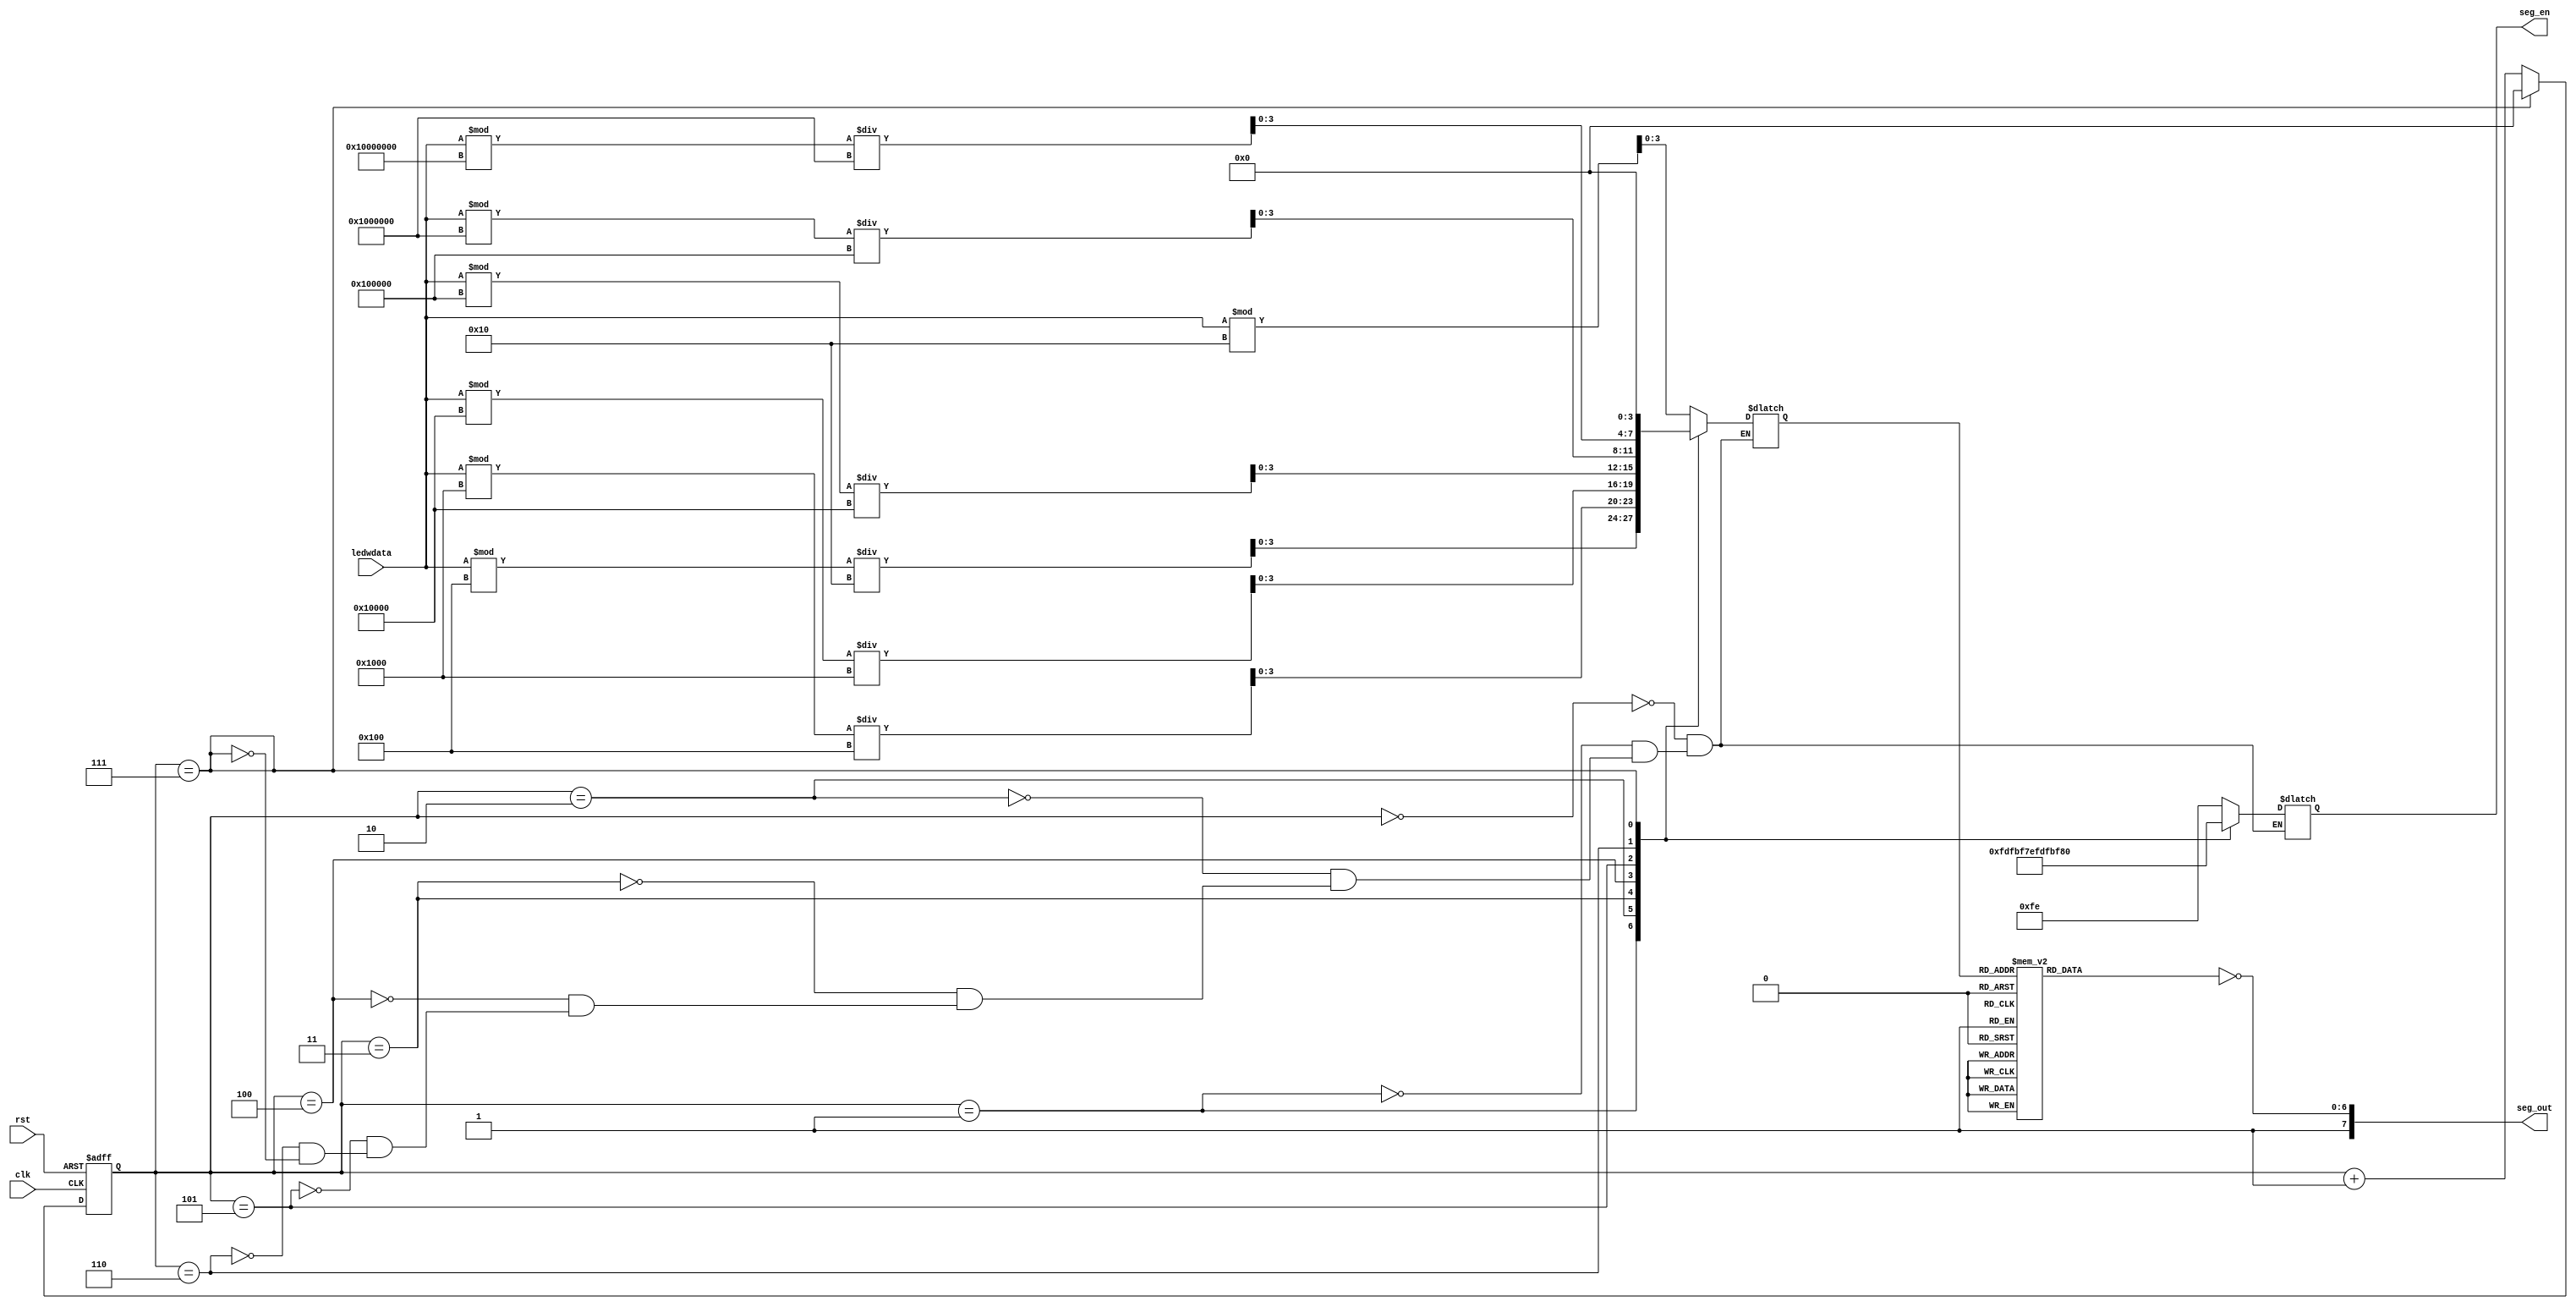
`timescale 1ns / 1ps

module show(
input clk,
input rst,
input [16:0] ledwdata,
output reg [7:0] seg_en,
output [7:0] seg_out
    );
    reg [3:0] scan_cnt;
    reg [6:0] Y_r;
    assign seg_out = {1'b1,(~Y_r[6:0])};
    
    always@(posedge clk,posedge rst)
    begin
    if(rst)
    begin
        scan_cnt<=0;
    end
    else if(scan_cnt==7) 
    begin
    scan_cnt<=0;
    end
    else
    scan_cnt<=scan_cnt+1;
    end
    
    always@(scan_cnt)
    begin
        case(scan_cnt)
            0:seg_en<=8'b1111_1110;
            1:seg_en<=8'b1111_1101;
            2:seg_en<=8'b1111_1011;
            3:seg_en<=8'b1111_0111;
            4:seg_en<=8'b1110_1111;
            5:seg_en<=8'b1101_1111;
            6:seg_en<=8'b1011_1111;
            7:seg_en<=8'b0111_1111;
        endcase
    end
    
    reg [3:0] num;
    
    always@(num)
    begin
    case(num)
        0:Y_r = 7'b0111111;
        1:Y_r = 7'b0000110;
        2:Y_r = 7'b1011011;
        3:Y_r = 7'b1001111;
        4:Y_r = 7'b1100110;
        5:Y_r = 7'b1101101;
        6:Y_r = 7'b1111101;
        7:Y_r = 7'b0100111;
        8:Y_r = 7'b1111111;
        9:Y_r = 7'b1100111;
        10:Y_r = 7'b1110111;
        11:Y_r = 7'b1111100;
        12:Y_r = 7'b0111001;
        13:Y_r = 7'b1011110;
        14:Y_r = 7'b1111001;
        15:Y_r = 7'b1110001;
    endcase
    end
    
    always@(scan_cnt)
    begin
    case(scan_cnt)
        0:num <= ledwdata % 16;
        1:num <= (ledwdata % 256)/16;
        2:num <= (ledwdata % 4096)/256;
        3:num <= (ledwdata % 65536)/4096;
        4:num <= (ledwdata % 1048576)/65536;
        5:num <= (ledwdata % 16777216)/1048576;
        6:num <= (ledwdata % 268435456)/16777216;
        7:num <= 0;
    endcase
    end
    
endmodule